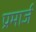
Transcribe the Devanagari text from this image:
प्रमार्ज